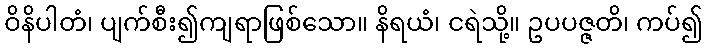
ဝိနိပါတံ၊ ပျက်စီး၍ကျရာဖြစ်သော။ နိရယံ၊ ငရဲသို့။ ဥပပဇ္ဇတိ၊ ကပ်၍